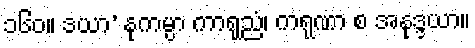
၁၆၀။ ဒယာ’ နုကမ္ပာ ကာရုညံ၊ ကရုဏာ စ အနုဒ္ဒယာ။